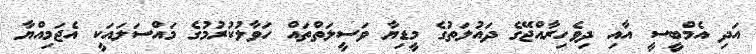
އަދި އެމްބީސީ އާއި ދިވެހިރާއްޖޭގެ ދައުލަތުގެ މީޑިޔާ ވަސީލަތްތައް ހަވާލުކުރުމުގެ މައްސަލައަކީ އެޖަމިއްޔާ